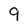
Character: 9